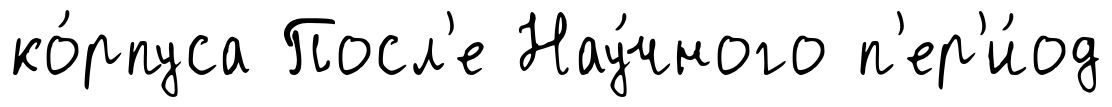
ко́рпуса Посл'е Нау́чного п'ер'и́од